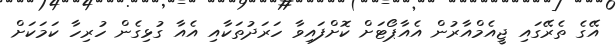
އޭގެ ތެރޭގައި ޖީއެމްއާރުން އެއާޕޯޓަށް ކޮށްފައިވާ ހަރަދުތަކާއި އެއާ ގުޅިގެން ހުރިހާ ކަމަކަށް